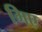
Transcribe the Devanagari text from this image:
मिए